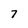
Character: 7